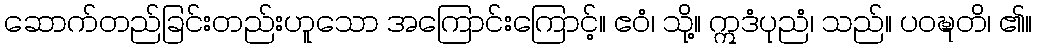
ဆောက်တည်ခြင်းတည်းဟူသော အကြောင်းကြောင့်။ ဧဝံ၊ သို့။ ဣဒံပုညံ၊ သည်။ ပဝဍ္ဎတိ၊ ၏။